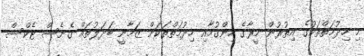
މި ހިދުމަތްތަކުގެ އިތުރުން މީރާގެ ހިންގުމާއި ހިދުމަތްތަކަށް ޒަމާނީ ބަދަލުތައް ގެނެސް ޓެކްސް